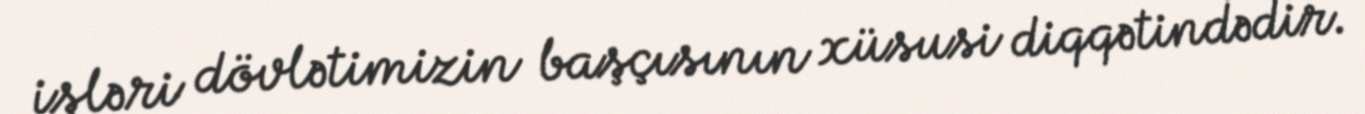
işləri dövlətimizin başçısının xüsusi diqqətindədir.